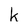
Character: k